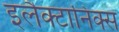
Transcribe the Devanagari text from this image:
इलैक्टानिक्स